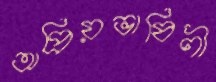
অপ্রিয়ভাষিণী